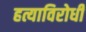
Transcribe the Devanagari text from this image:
हत्याविरोधी